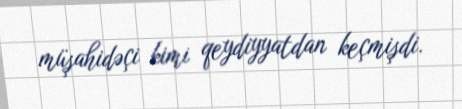
müşahidəçi kimi qeydiyyatdan keçmişdi.